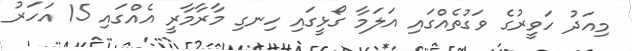
މިއަދު ހަވީރުގެ ވަގުތެއްގައި އަލަމާ ގޯޅީގައި ހިނގި މާރާމާރީ އެއްގައި 15 އަހަރު